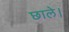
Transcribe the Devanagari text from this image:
छाले।